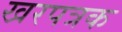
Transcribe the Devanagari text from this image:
खरपत्रक